Civil Veterinary Dept. Bombay admin report 1893-99 - 1893-1899
Year: 1893
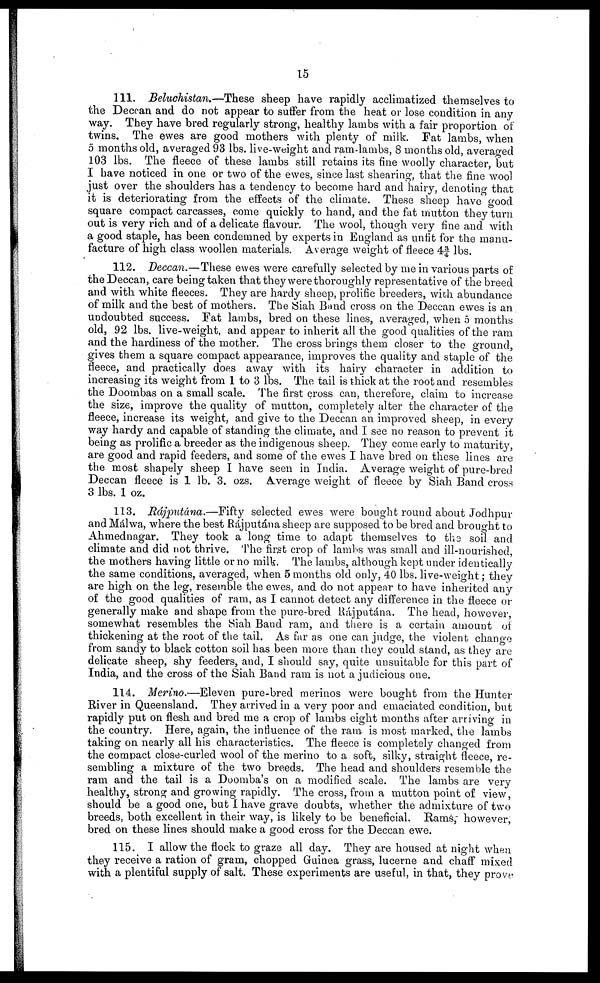
15
111. Beluchistan.—These
sheep have rapidly acclimatized themselves to
the Deccan and do not appear to suffer from the heat or lose condition in any
way. They have bred regularly strong, healthy lambs with a fair proportion of
twins. The ewes are good mothers with plenty of milk. Fat lambs, when
5 months old, averaged 93 lbs. live-weight and ram-lambs, 8 months old, averaged
103 lbs. The fleece of these lambs still retains its fine woolly character, but
I have noticed in one or two of the ewes, since last shearing, that the fine wool
just over the shoulders has a tendency to become hard and hairy, denoting that
it is deteriorating from the effects of the climate. These sheep have good
square compact carcasses, come quickly to hand, and the fat mutton they turn
out is very rich and of a delicate flavour. The wool, though very fine and with
a good staple, has been condemned by experts in England as unfit for the manu-
facture of high class woollen materials. Average weight of fleece 4¾ lbs.
112. Deccan.—These ewes were carefully selected by me in various parts of
the Deccan, care being taken that they were thoroughly representative of the breed
and with white fleeces. They are hardy sheep, prolific breeders, with abundance
of milk and the best of mothers. The Siah Band cross on the Deccan ewes is an
undoubted success. Fat lambs, bred on these lines, averaged, when 5 months
old, 92 lbs. live-weight, and appear to inherit all the good qualities of the ram
and the hardiness of the mother. The cross brings them closer to the ground,
gives them a square compact appearance, improves the quality and staple of the
fleece, and practically does away with its hairy character in addition to
increasing its weight from 1 to 3 lbs. The tail is thick at the root and resembles
the Doombas on a small scale. The first cross can, therefore, claim to increase
the size, improve the quality of mutton, completely alter the character of the
fleece, increase its weight, and give to the Deccan an improved sheep, in every
way hardy and capable of standing the climate, and I see no reason to prevent it
being as prolific a breeder as the indigenous sheep. They come early to maturity,
are good and rapid feeders, and some of the ewes I have bred on these lines are
the most shapely sheep I have seen in India. Average weight of pure-bred
Deccan fleece is 1 lb. 3. ozs. Average weight of fleece by Siah Band cross
3 lbs. 1 oz.
113. Rájputána.—Fifty
selected ewes were bought round about Jodhpur
and Málwa, where the best Rájputána sheep are supposed to be bred and brought to
Ahmednagar. They took a long time to adapt themselves to the soil and
climate and did not thrive. The first crop of lambs was small and ill-nourished,
the mothers having little or no milk. The lambs, although kept under identically
the same conditions, averaged, when 5 months old only, 40 lbs. live-weight; they
are high on the leg, resemble the ewes, and do not appear to have inherited any
of the good qualities of ram, as I cannot detect any difference in the fleece or
generally make and shape from the pure-bred Rájputána. The head, however,
somewhat resembles the Siah Band ram, and there is a certain amount of
thickening at the root of the tail. As far as one can judge, the violent change
from sandy to black cotton soil has been more than they could stand, as they are
delicate sheep, shy feeders, and, I should say, quite unsuitable for this part of
India, and the cross of the Siah Band ram is not a judicious one.
114. Merino.—Eleven pure-bred merinos were bought from the Hunter
River in Queensland. They arrived in a very poor and emaciated condition, but
rapidly put on flesh and bred me a crop of lambs eight months after arriving in
the country. Here, again, the influence of the ram is most marked, the lambs
taking on nearly all his characteristics. The fleece is completely changed from
the compact close-curled wool of the merino to a soft, silky, straight fleece, re-
sembling a mixture of the two breeds. The head and shoulders resemble the
ram and the tail is a Doomba's on a modified scale. The lambs are very
healthy, strong and growing rapidly. The cross, from a mutton point of view,
should be a good one, but I have grave doubts, whether the admixture of two
breeds, both excellent in their way, is likely to be beneficial. Rams, however,
bred on these lines should make a good cross for the Deccan ewe.
115. I allow the flock to graze all day. They are housed at night when
they receive a ration of gram, chopped Guinea grass, lucerne and chaff mixed
with a plentiful supply of salt. These experiments are useful, in that, they prove